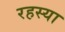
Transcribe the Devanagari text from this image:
रहस्या